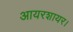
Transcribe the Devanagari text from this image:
आयरशायर।